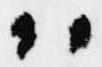
ハ